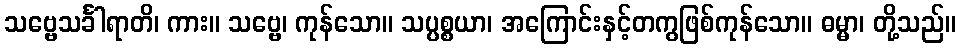
သဗ္ဗေသင်္ခါရာတိ၊ ကား။ သဗ္ဗေ၊ ကုန်သော။ သပ္ပစ္စယာ၊ အကြောင်းနှင့်တကွဖြစ်ကုန်သော။ ဓမ္မာ၊ တို့သည်။